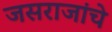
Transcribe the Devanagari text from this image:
जसराजांचे